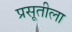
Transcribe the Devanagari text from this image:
प्रसूतीला